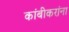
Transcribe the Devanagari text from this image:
कांबीकरांना